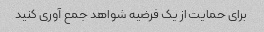
برای حمایت از یک فرضیه شواهد جمع آوری کنید